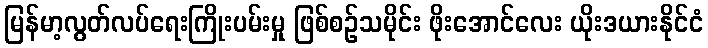
မြန်မာ့လွတ်လပ်ရေးကြိုးပမ်းမှု ဖြစ်စဉ်သမိုင်း ဖိုးအောင်လေး ယိုးဒယားနိုင်ငံ